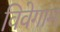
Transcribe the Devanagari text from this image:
विवेगाम